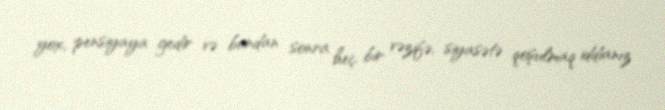
yox, pensiyaya gedir və bundan sonra heç bir vəzifə, siyasətə qoşulmaq iddianız